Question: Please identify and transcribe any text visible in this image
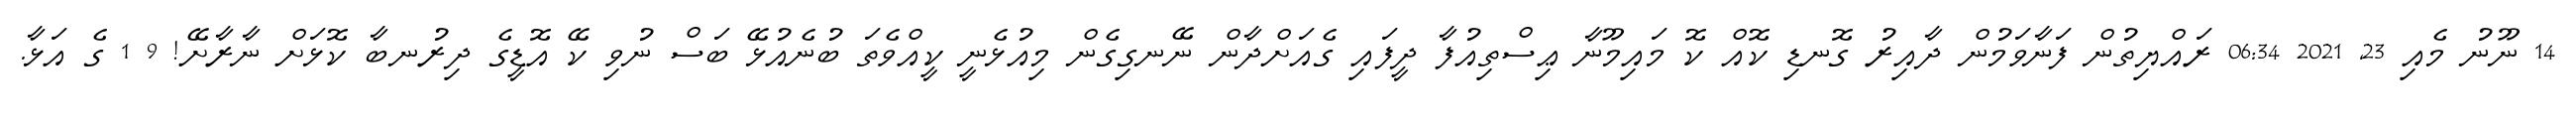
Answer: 14 ނޫނު މެއި 23, 2021 06:34 ރައްޔިތުން ފަނާވަމުން ދާއިރު ގޮނޑި ކޮއް ކޮ މައިމޫނާ ޢިސްތިއުފާ ދީފައި ގެއަށްދާން ނޭނގިގެން މިއުޅެނީ ކީއްވެތަ ބުނެއުޅޭ ބަސް ނުވި ކޭ އޮޑީގެ ދިރުނބާ ކޮޅަށް ނާރާށޭ! 9 1 ގެ އަޅާ.